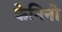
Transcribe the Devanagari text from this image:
केनिनो